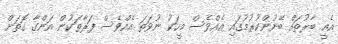
އެއީ ބާރުތައް ބޭނުންކުރުމުގައި އެއްވެސް މީހަކު ނުވަތަ އެއްވެސް ފަރާތަކުން އަންގާ ގޮތަށް